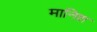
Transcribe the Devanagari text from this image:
मानिश